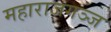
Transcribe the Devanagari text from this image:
महाराजगञ्ज